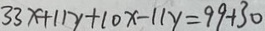
3 3 x + 1 1 y + 1 0 x - 1 1 y = 9 9 + 3 0